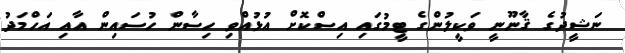
ނަޝީދުގެ ޤާނޫނީ ވަކީލުންގެ ޓީމުގައި އިސްކޮށް އުޅުއްވި ހިސާން ހުސައިން އާއި އަހްމަދު